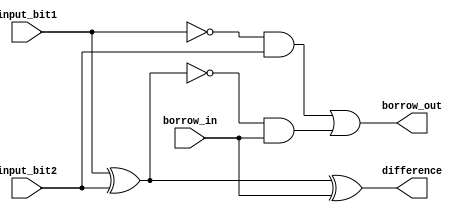
module full_subtractor (
  input input_bit1,
  input input_bit2,
  input borrow_in,
  output difference,
  output borrow_out
);
  assign difference = input_bit1 ^ input_bit2 ^ borrow_in;
  assign borrow_out = (~input_bit1 & input_bit2) | (~(input_bit1 ^ input_bit2) & borrow_in);
endmodule